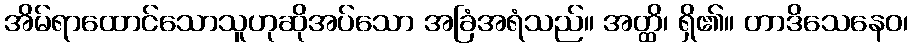
အိမ်ရာထောင်သောသူဟုဆိုအပ်သော အခြံအရံသည်။ အတ္ထိ၊ ရှိ၏။ တာဒိသေနေဝ၊